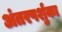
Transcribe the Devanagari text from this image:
अंतरपर्शुका